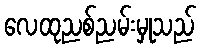
လေထုညစ်ညမ်းမှုသည်